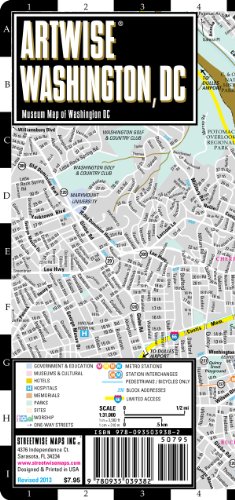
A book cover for New Artwise Washington, DC, Laminated Museum Map (Streetwise Maps); Streetwise Maps; Travel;